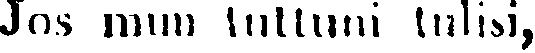
Jos mun tuttuni tulisi,